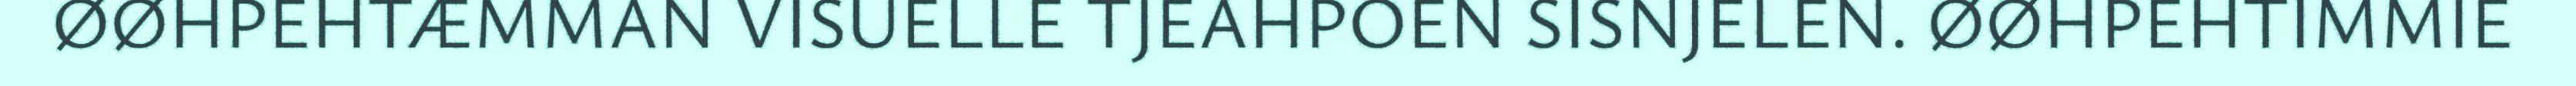
ØØHPEHTÆMMAN VISUELLE TJEAHPOEN SISNJELEN. ØØHPEHTIMMIE